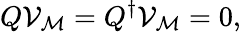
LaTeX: Q{\mathcal V}_{\mathcal M}=Q^{\dagger}{\mathcal V}_{\mathcal M}=0,